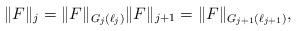
LaTeX: \begin{align*} \|F\|_j = \|F\|_{G_j(\ell_j)} \|F\|_{j+1} = \|F\|_{G_{j+1}(\ell_{j+1})},\end{align*}